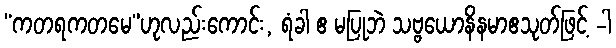
“ကတရကတမေ”ဟုလည်းကောင်း, ရံခါ ဧ မပြုဘဲ သဗ္ဗယောနိနမာဧသုတ်ဖြင့် -ါ